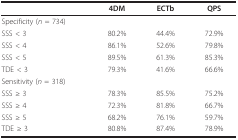
<table><thead><tr><td></td><td><b>4DM</b></td><td><b>ECTb</b></td><td><b>QPS</b></td></tr></thead><tbody><tr><td>Specificity (<i>n </i>= 734)</td><td></td><td></td><td></td></tr><tr><td>SSS &lt; 3</td><td>80.2%</td><td>44.4%</td><td>72.9%</td></tr><tr><td>SSS &lt; 4</td><td>86.1%</td><td>52.6%</td><td>79.8%</td></tr><tr><td>SSS &lt; 5</td><td>89.5%</td><td>61.3%</td><td>85.3%</td></tr><tr><td>TDE &lt; 3</td><td>79.3%</td><td>41.6%</td><td>66.6%</td></tr><tr><td>Sensitivity (<i>n </i>= 318)</td><td></td><td></td><td></td></tr><tr><td>SSS ≥ 3</td><td>78.3%</td><td>85.5%</td><td>75.2%</td></tr><tr><td>SSS ≥ 4</td><td>72.3%</td><td>81.8%</td><td>66.7%</td></tr><tr><td>SSS ≥ 5</td><td>68.2%</td><td>76.1%</td><td>59.7%</td></tr><tr><td>TDE ≥ 3</td><td>80.8%</td><td>87.4%</td><td>78.9%</td></tr></tbody></table>